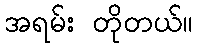
အရမ်း တိုတယ်။